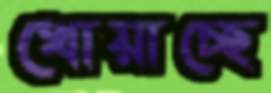
খোয়াচ্ছে